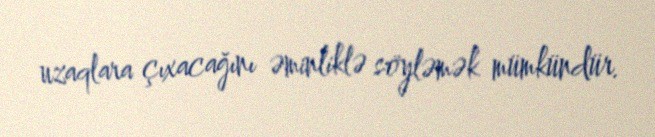
uzaqlara çıxacağını əminliklə söyləmək mümkündür.